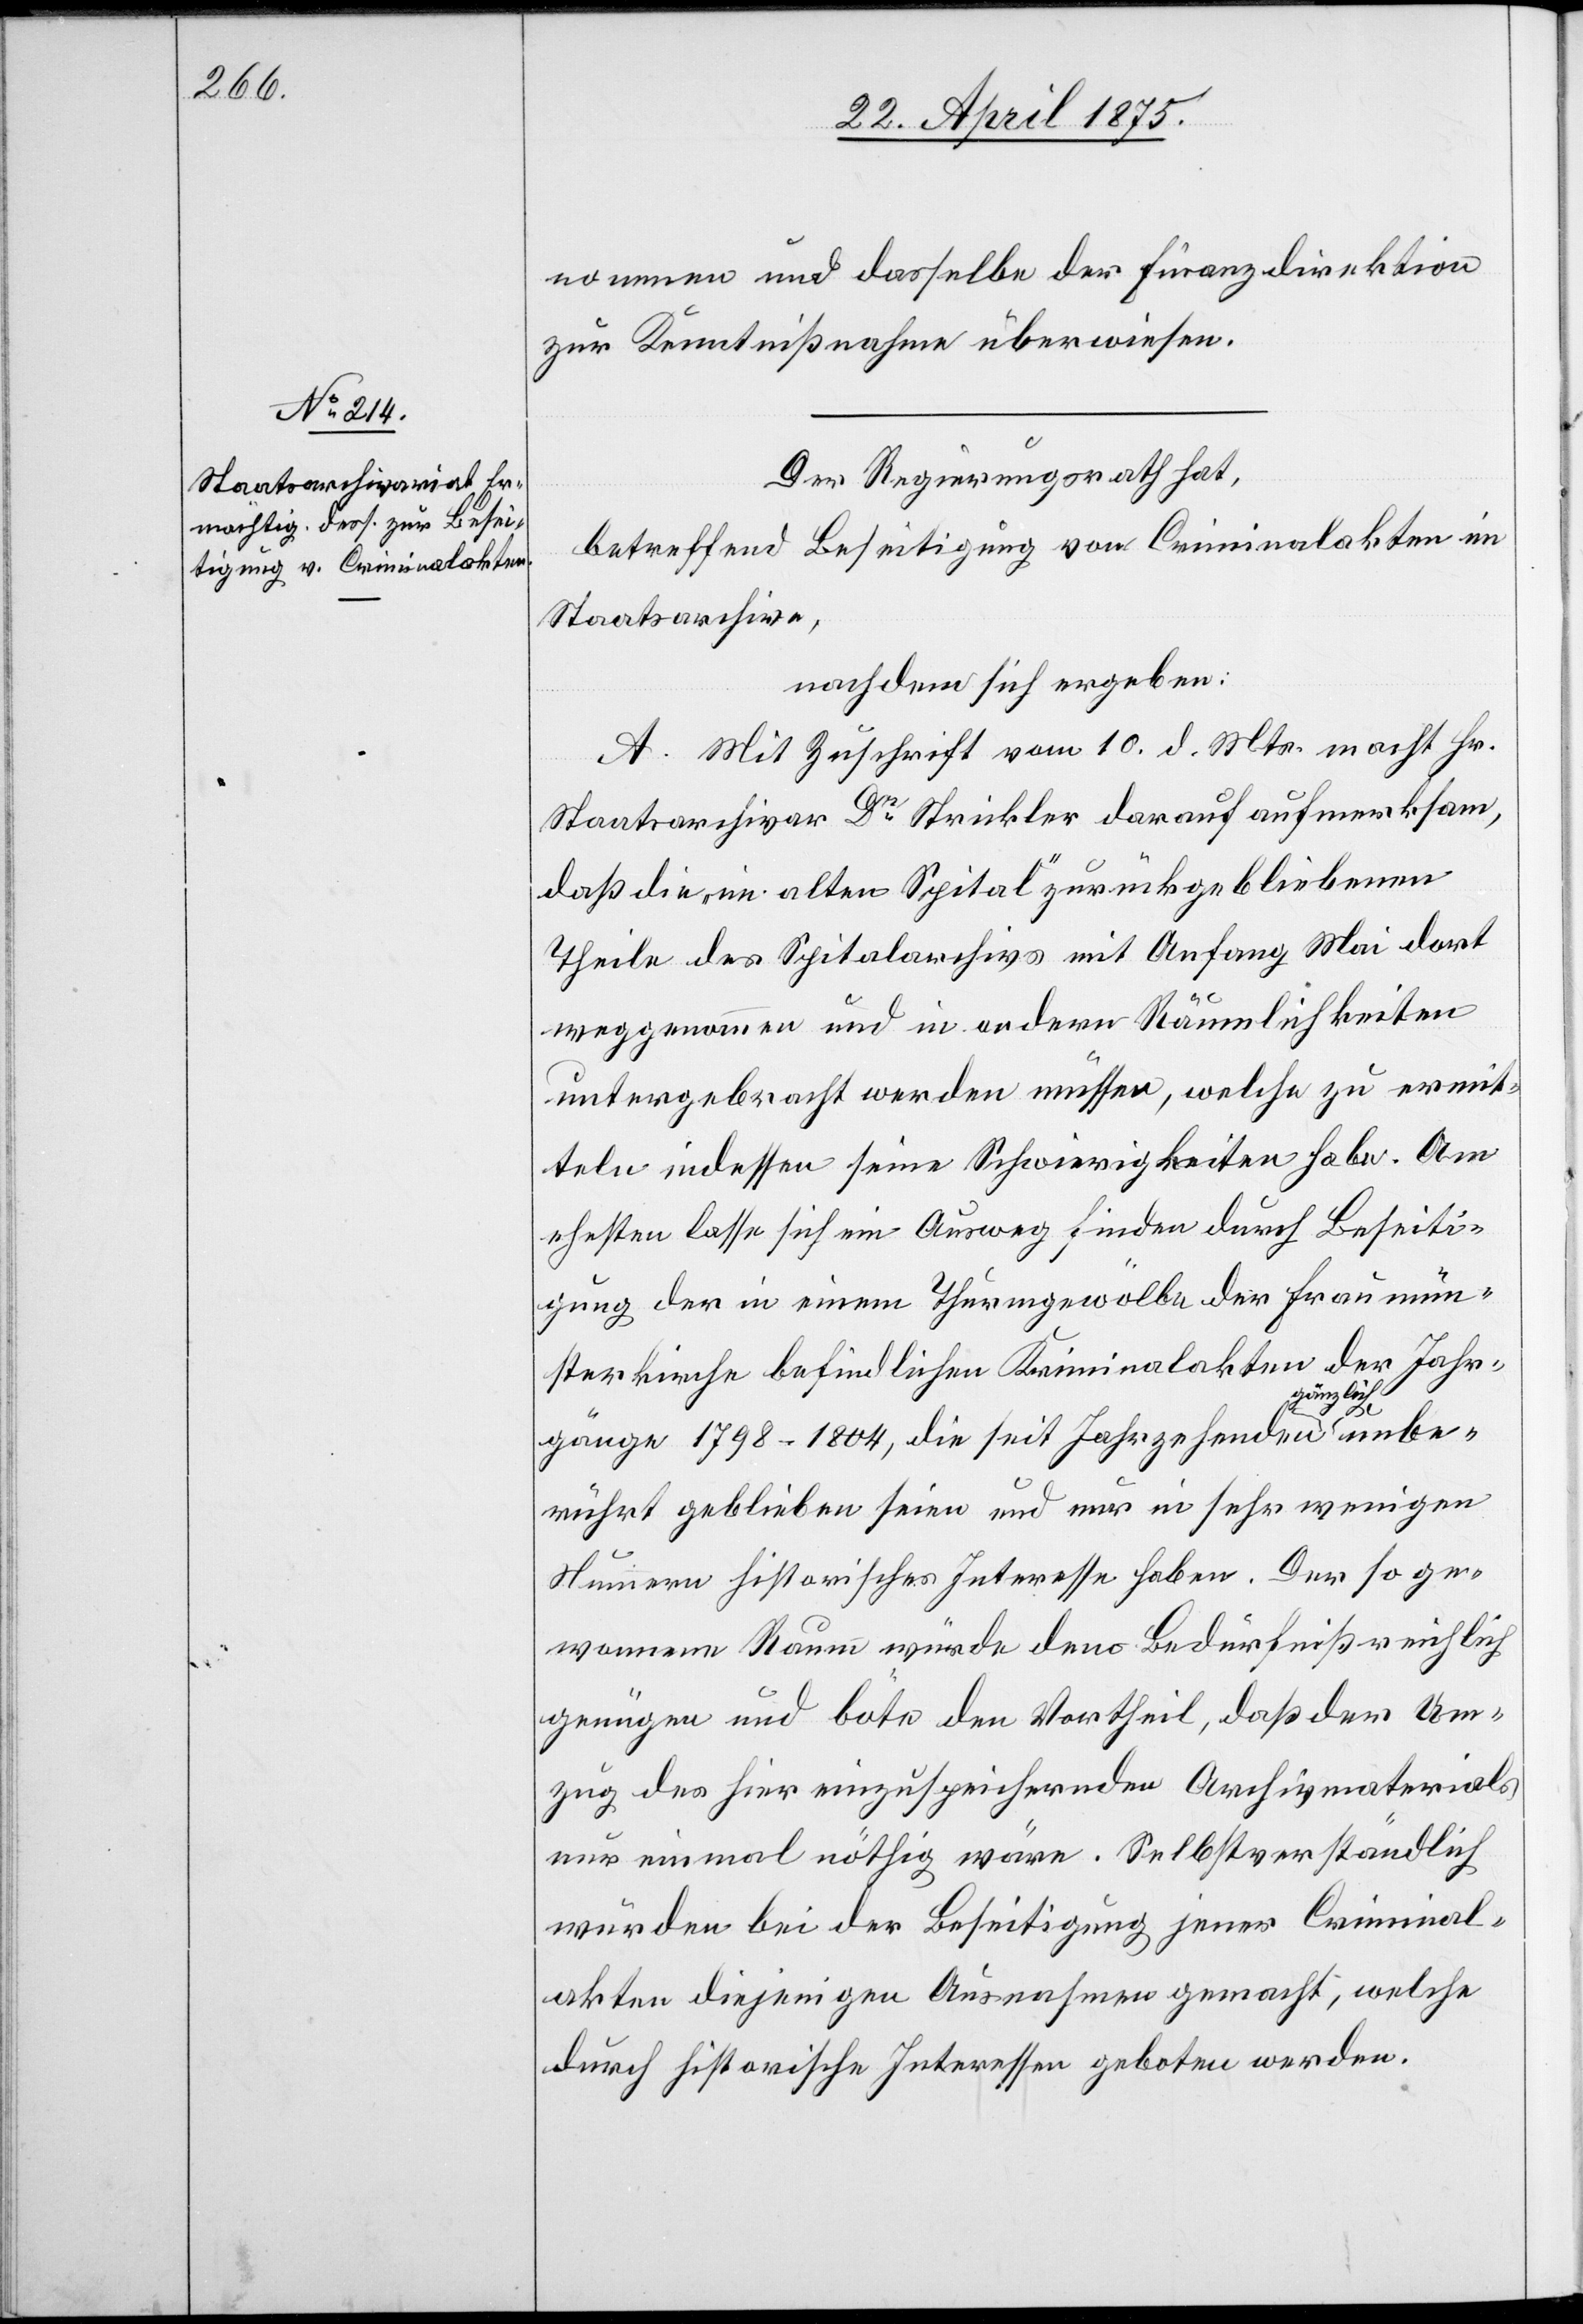
nommen und dasselbe der Finanzdirektion
zur Kenntnißnahme überwiesen.
Der Regierungsrath hat,
betreffend Beseitigung von Criminalakten im
Staatsarchive,
nach dem sich ergeben:
A. Mit Zuschrift vom 10. d. Mts. macht Hr.
Staatsarchivar Dr Strickler darauf aufmerksam,
daß die „im alten Spital“ zurückgebliebenen
Theile des Spitalarchivs mit Anfang Mai dort
weggenommen und in andern Räumlichkeiten
untergebracht werde müssen, welche zu ermit¬
teln indessen seine Schwierigkeiten habe. Am
ehesten lasse sich ein Ausweg finden durch Beseiti¬
gung der in einem Thurmgewölbe der Fraumün¬
sterkirche befindlichen Kriminalakten der Jahr¬
unber¬
gänge 1798–1804, die seit Jahrzehenden g¬
ührt geblieben seien und nur in sehr wenigen
Nummern historisches Interesse haben. Der so ge¬
wonnene Raum würde dem Bedürfniß reichlich
genügen und böte den Vortheil, daß der Um¬
zug des hier einzuspeichernden Archivmaterials
nur einmal nöthig wäre. Selbstverständlich
würden bei der Beseitigung jener Criminal¬
akten diejenigen Ausnahmen gemacht, welche
durch historische Interessen geboten werden.